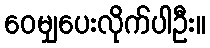
ဝေမျှပေးလိုက်ပါဦး။